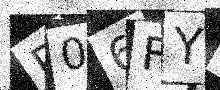
Text: P06FYQ